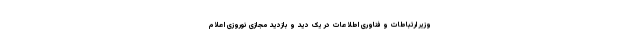
وزیر ارتباطات و فناوری اطلاعات در یک دید و بازدید مجازی نوروزی اعلام